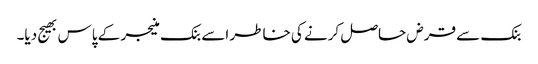
بنک سے قرض حاصل کرنے کی خاطر اسے بنک منیجر کے پاس بھیج دیا۔